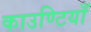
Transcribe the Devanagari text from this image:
काउण्टियाँ